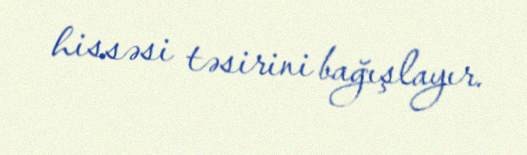
hissəsi təsirini bağışlayır.